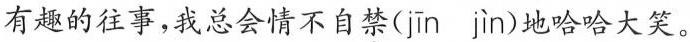
有趣的往事，我总会情不自\underset{·}{禁}( jīn jìn )地哈哈大笑。